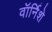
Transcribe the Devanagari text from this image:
वॉर्निशे